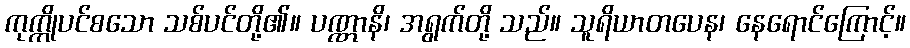
ကုက္ကိုပင်စသော သစ်ပင်တို့၏။ ပဏ္ဏာနိ၊ အရွက်တို့ သည်။ သူရိယာတပေန၊ နေရောင်ကြောင့်။